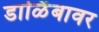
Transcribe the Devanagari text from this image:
डाळिंबावर